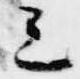
三